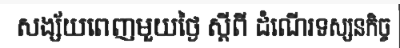
សង្ស័យពេញមួយថ្ងៃ ស្តីពី ដំណើរទស្សនកិច្ច